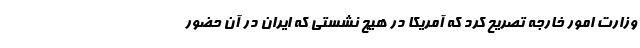
وزارت امور خارجه تصریح کرد که آمریکا در هیچ نشستی که ایران در آن حضور